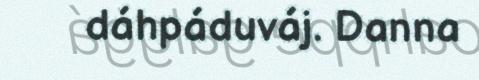
dáhpáduváj. Danna